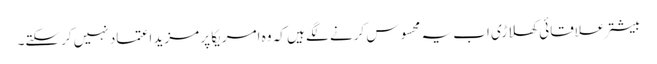
بیشتر علاقائی کھلاڑی اب یہ محسوس کرنے لگے ہیں کہ وہ امریکا پر مزید اعتماد نہیں کرسکتے۔